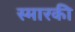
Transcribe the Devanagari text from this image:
स्मारकी